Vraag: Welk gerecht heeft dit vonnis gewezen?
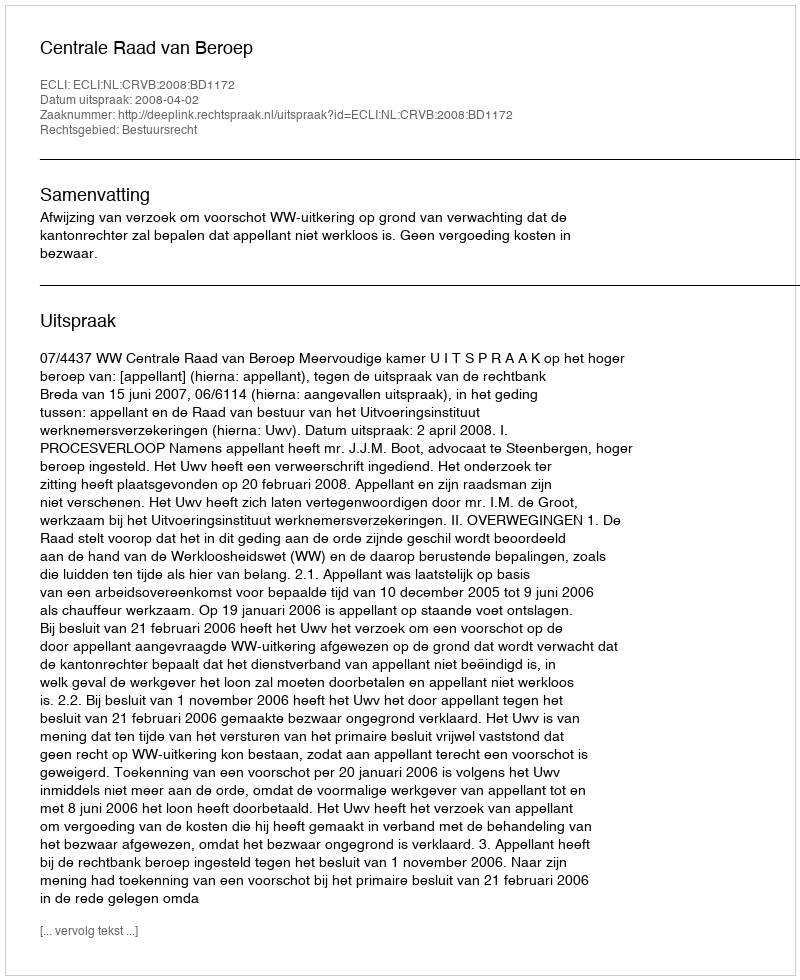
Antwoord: Centrale Raad van Beroep